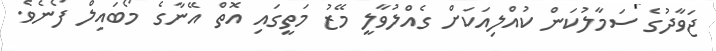
ޖަވާދުގެ ސަމާލުކަން ކުއްލިއަކަށް ގެއްލުވާލީ މޭޒު މަތީގައި އޮތް އޭނާގެ މޯބައިލް ފޯނެވެ.